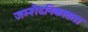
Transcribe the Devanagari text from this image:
जम्‍शैदनिकलता